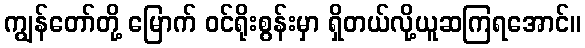
ကျွန်တော်တို့ မြောက် ဝင်ရိုးစွန်းမှာ ရှိတယ်လို့ယူဆကြရအောင်။